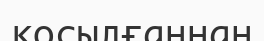
косылғаннан